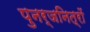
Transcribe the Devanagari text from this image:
पुनर्जनित्रों